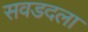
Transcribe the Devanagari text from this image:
सवडदला